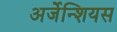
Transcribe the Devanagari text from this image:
अर्जेन्शियस